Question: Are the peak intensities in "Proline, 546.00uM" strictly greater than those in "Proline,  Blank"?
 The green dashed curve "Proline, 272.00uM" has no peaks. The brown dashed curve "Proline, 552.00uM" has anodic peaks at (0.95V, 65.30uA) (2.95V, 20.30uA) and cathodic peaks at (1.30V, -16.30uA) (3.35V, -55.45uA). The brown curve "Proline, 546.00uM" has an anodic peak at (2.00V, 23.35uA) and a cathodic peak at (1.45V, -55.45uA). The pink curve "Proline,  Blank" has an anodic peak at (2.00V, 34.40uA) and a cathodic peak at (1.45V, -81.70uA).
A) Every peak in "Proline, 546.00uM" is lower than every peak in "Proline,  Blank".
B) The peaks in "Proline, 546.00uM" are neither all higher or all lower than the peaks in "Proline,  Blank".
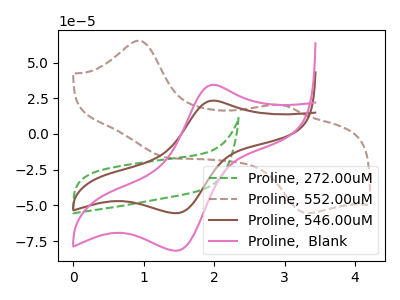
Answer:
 <answer>A) Every peak in "Proline, 546.00uM" is lower than every peak in "Proline,  Blank".</answer>
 <eval>A</eval>